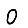
Digit: 0